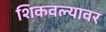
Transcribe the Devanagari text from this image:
शिकवल्यावर